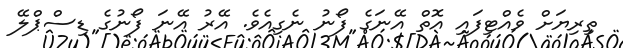
ތިރިޔަށް ވެއްޓިފައި އޮތް އޭނަގެ ފޯނު ނެގިއެވެ. އޭރު އޭނަ ފޯނުގެ ޑިސްޕްލޭ